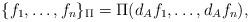
LaTeX: \begin{align*} \{f_1, \ldots, f_n\}_{\Pi} = \Pi (d_A f_1, \ldots, d_A f_n),\end{align*}